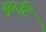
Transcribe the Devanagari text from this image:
सुरुटि